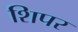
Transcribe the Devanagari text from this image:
शिपर